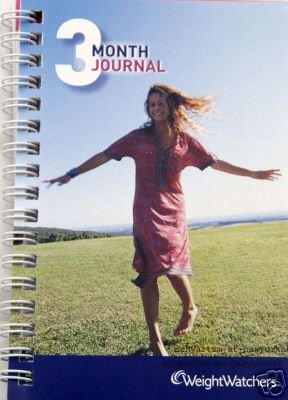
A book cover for Brand New 2008 Weight Watchers 3 (Three) Month Food Journal (Spiral Bound) Book; Weight Watchers; Health, Fitness & Dieting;